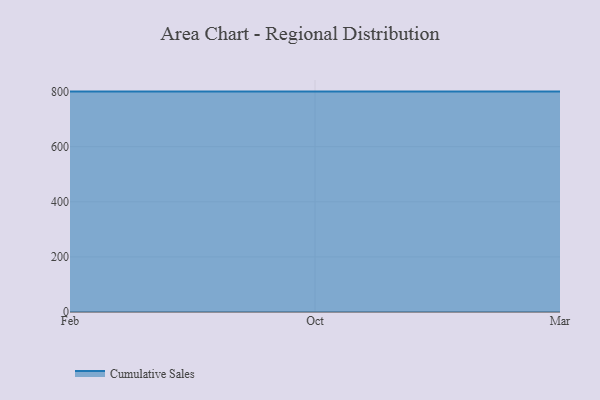
{"axis": {"x": "Month", "y": "Latency (ms)"}, "legend": ["Cumulative Sales"], "data": [{"x": "Feb", "y": 800, "type": "Cumulative Sales"}, {"x": "Oct", "y": 800, "type": "Cumulative Sales"}, {"x": "Mar", "y": 800, "type": "Cumulative Sales"}]}